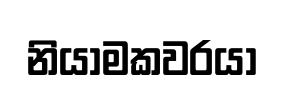
නියාමකවරයා